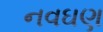
નવઘણ